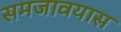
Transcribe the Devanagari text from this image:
समजावयास